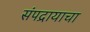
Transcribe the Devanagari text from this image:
संपद्रायाचा